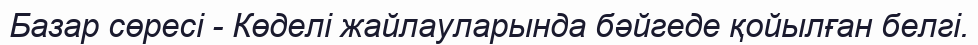
Базар сөресі - Көделі жайлауларында бәйгеде қойылған белгі.